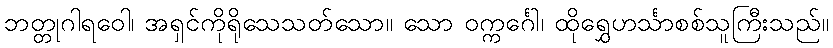
ဘတ္တုဂါရဝေါ၊ အရှင်ကိုရိုသေသတ်သော။ သော ဝက္ကင်္ဂေါ၊ ထိုရွှေဟင်္သာစစ်သူကြီးသည်။